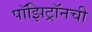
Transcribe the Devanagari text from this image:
पॉझिट्रॉनची